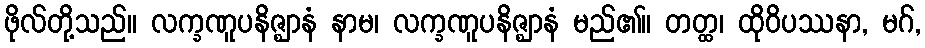
ဖိုလ်တို့သည်။ လက္ခဏူပနိဇ္ဈာနံ နာမ၊ လက္ခဏူပနိဇ္ဈာနံ မည်၏။ တတ္ထ၊ ထိုဝိပဿနာ, မဂ်,